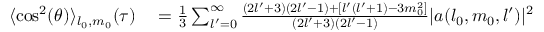
\begin{array} { r l } { \langle \cos ^ { 2 } ( \theta ) \rangle _ { l _ { 0 } , m _ { 0 } } ( \tau ) } & { { } = \frac { 1 } { 3 } \sum _ { l ^ { \prime } = 0 } ^ { \infty } \frac { ( 2 l ^ { \prime } + 3 ) ( 2 l ^ { \prime } - 1 ) + [ l ^ { \prime } ( l ^ { \prime } + 1 ) - 3 m _ { 0 } ^ { 2 } ] } { ( 2 l ^ { \prime } + 3 ) ( 2 l ^ { \prime } - 1 ) } | a ( l _ { 0 } , m _ { 0 } , l ^ { \prime } ) | ^ { 2 } } \end{array}